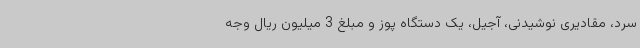
سرد، مقادیری نوشیدنی، آجیل، یک دستگاه پوز و مبلغ 3 میلیون ریال وجه